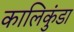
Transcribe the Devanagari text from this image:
कालिकुंडा